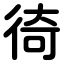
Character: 徛